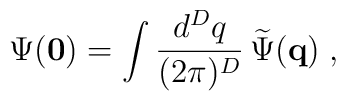
\Psi ({\bf 0})=\int\frac{d^{{D}}q}{ (2\pi)^{{D}}}\,\widetilde{\Psi}({\bf q})\;   ,